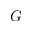
G